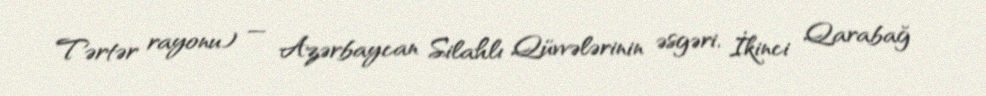
Tərtər rayonu) — Azərbaycan Silahlı Qüvvələrinin əsgəri, İkinci Qarabağ